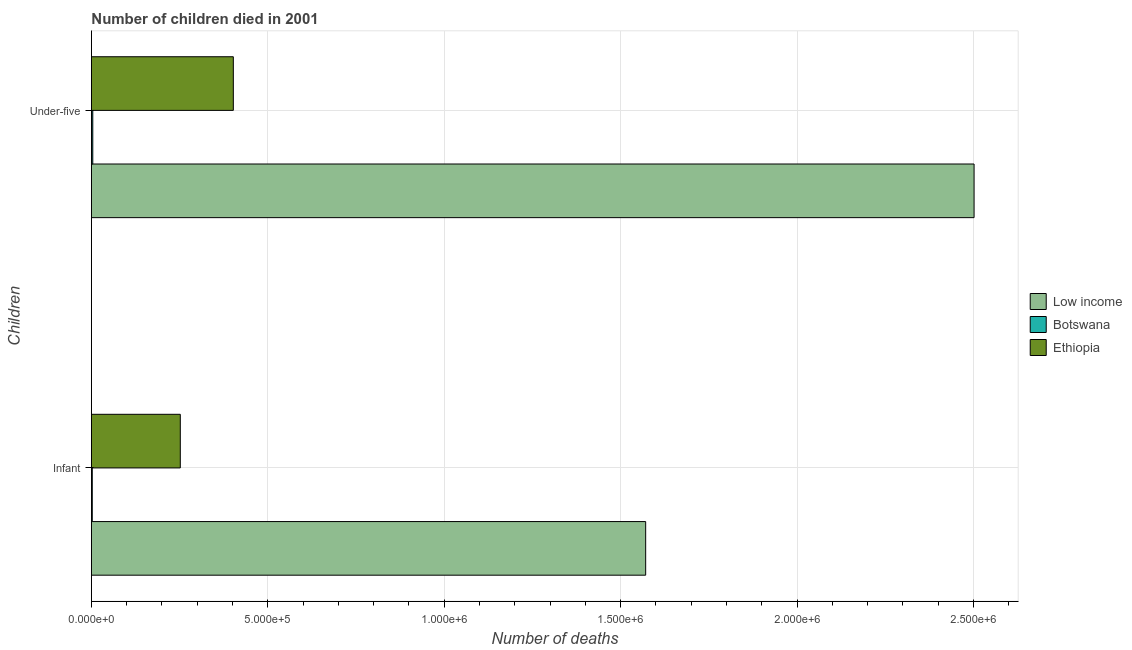
| Children | Low income | Botswana | Ethiopia |
 | --- | --- | --- | --- |
 | Infant | 1.57e+06 | 2.41e+03 | 2.52e+05 |
 | Under-five | 2.5e+06 | 3.85e+03 | 4.02e+05 |